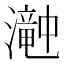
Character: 𤁘